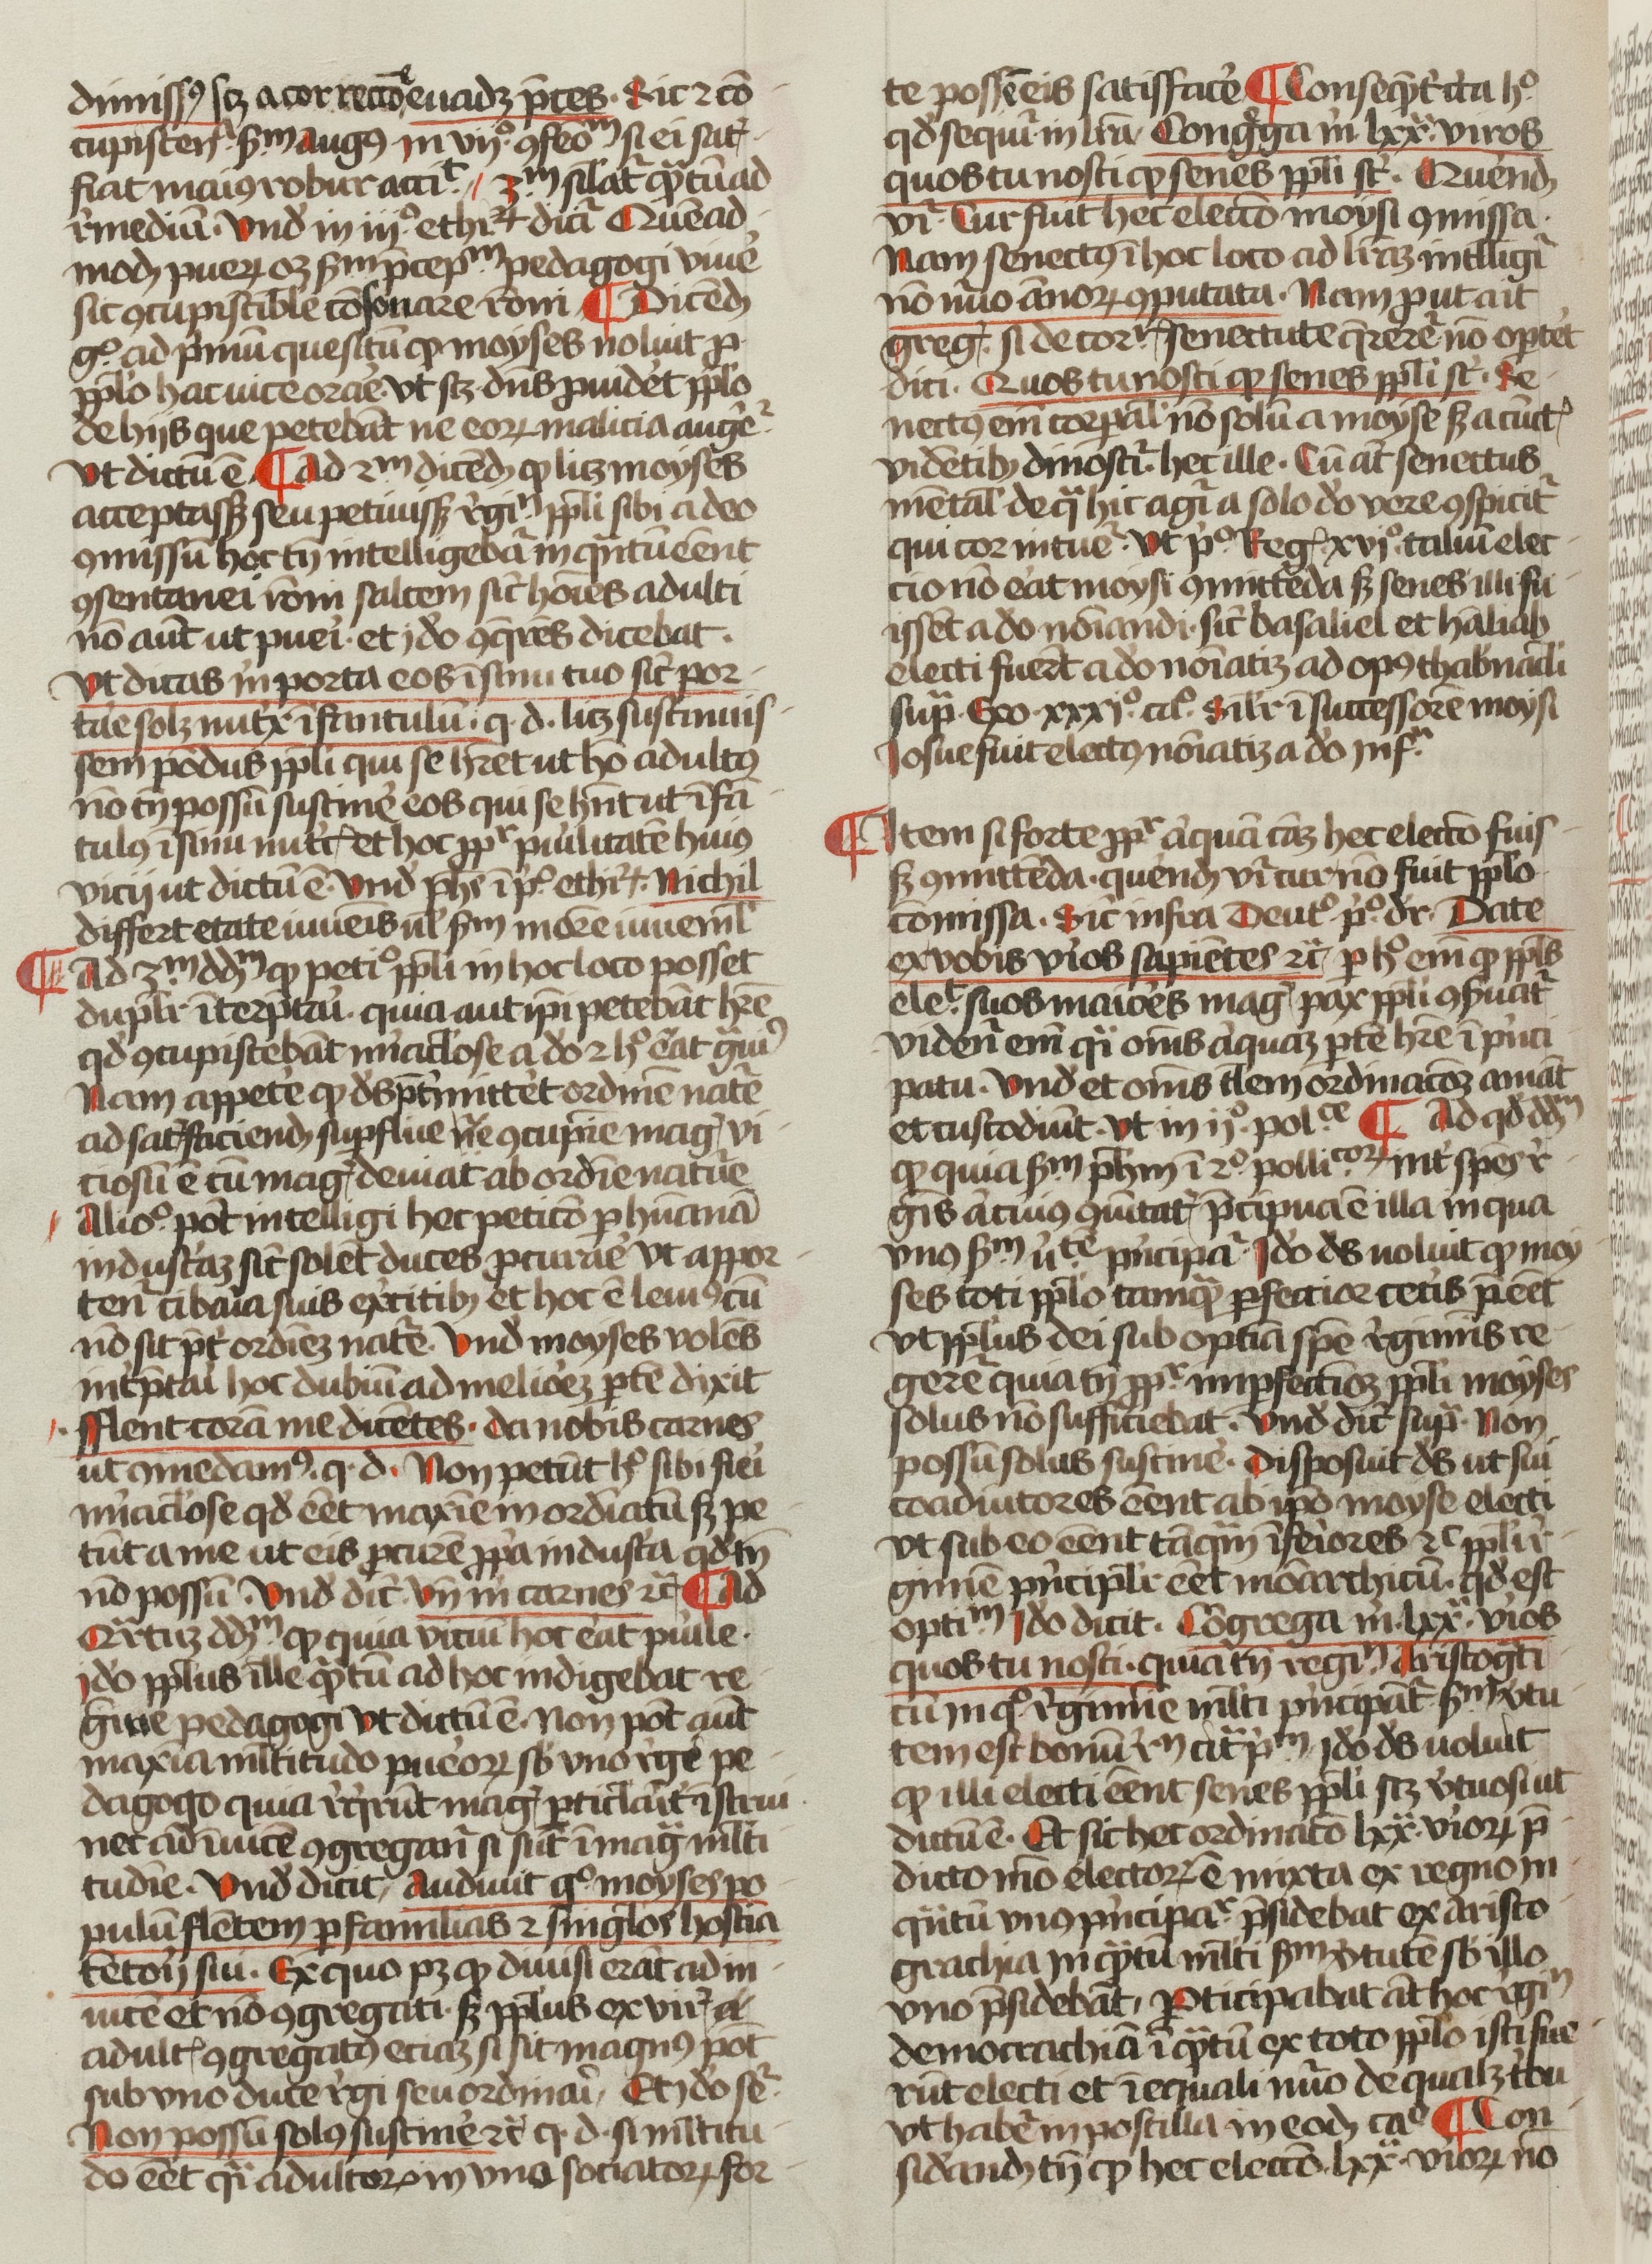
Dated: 1400–1499